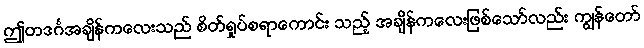
ဤတဒင်္ဂအချိန်ကလေးသည် စိတ်ရှုပ်စရာကောင်း သည့် အချိန်ကလေးဖြစ်သော်လည်း ကျွန်တော်